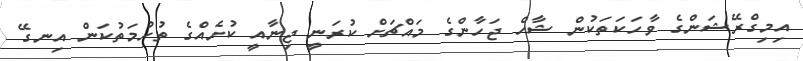
އިމިގްރޭޝަންގެ ވާހަކަތަކުން ޝާހް ޖަހާންގެ މައްޗަށް ކުރަނީ ޖިނާއީ ކުށެއްގެ ތުހުމަތުކަން އިނގޭ